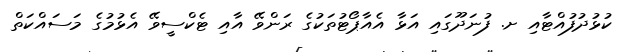
ކުޅުދުފުއްޓާއި ށ. ފުނަދޫގައި އަޅާ އެއާޕޯޓުތަކުގެ ރަންވޭ އާއި ޓެކްސީވޭ އެޅުމުގެ މަސައްކަތް